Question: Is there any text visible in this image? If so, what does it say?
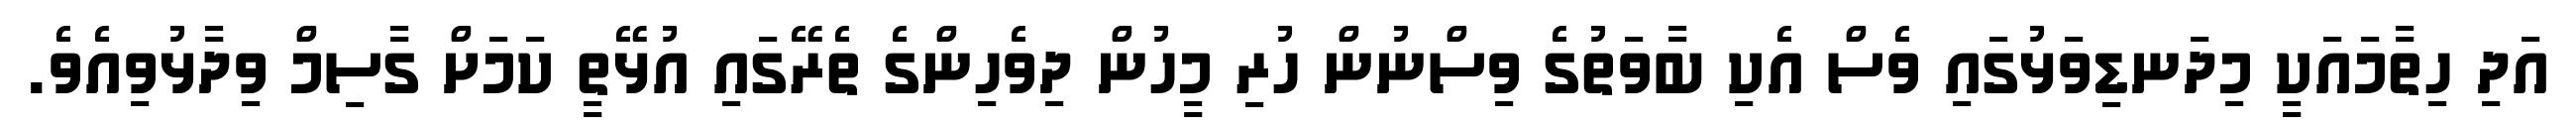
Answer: އަދި ހިތާމައަކީ މިދަނޑިވަޅުގައި ވެސް އެކި ބާވަތުގެ ވިސްނުން ހުރި މީހުން ދިވެހިންގެ ތެރޭގައި އުޅޭތީ ކަމަށް ގާސިމް ވިދާޅުވިއެވެ.